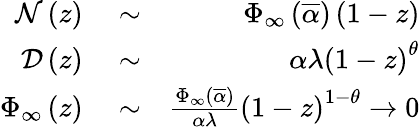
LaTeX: \begin{array}{rlr}{{\cal N}\left(z\right)}&{{}\sim}&{\Phi_{\infty}\left(\overline{{\alpha}}\right)\left(1-z\right)}\\ {{\cal D}\left(z\right)}&{{}\sim}&{\alpha\lambda\left(1-z\right)^{\theta}}\\ {\Phi_{\infty}\left(z\right)}&{{}\sim}&{\frac{\Phi_{\infty}\left(\overline{{\alpha}}\right)}{\alpha\lambda}\left(1-z\right)^{1-\theta}\rightarrow 0}\end{array}